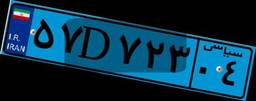
۵۷D۷۲۳۰۴